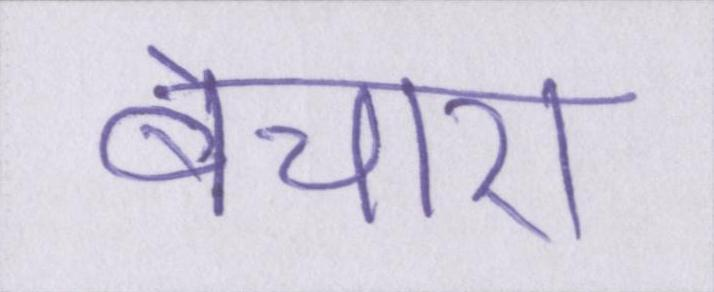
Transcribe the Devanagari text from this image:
बेचारा